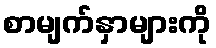
စာမျက်နှာများကို